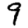
Digit: 9